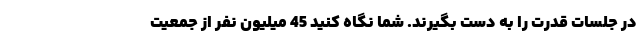
در جلسات قدرت را به دست بگیرند. شما نگاه کنید 45 میلیون نفر از جمعیت